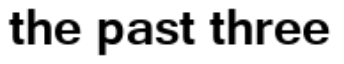
the past three